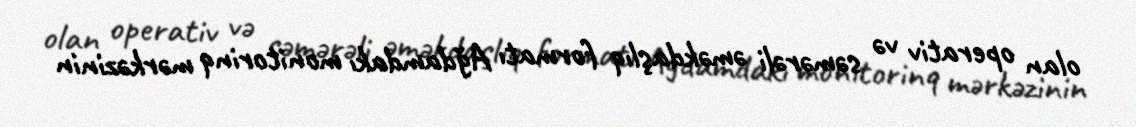
olan operativ və səmərəli əməkdaşlıq formatı Ağdamdakı monitorinq mərkəzinin